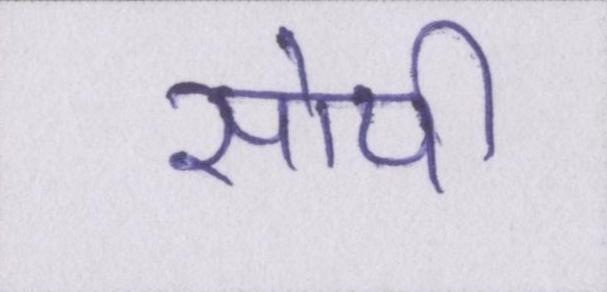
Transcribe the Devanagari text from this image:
सोयी